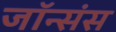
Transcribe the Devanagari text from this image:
जॉन्संस